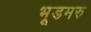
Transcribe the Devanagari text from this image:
भूडमरु